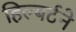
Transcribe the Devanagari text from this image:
हिल्बर्टने